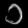
Digit: ၁